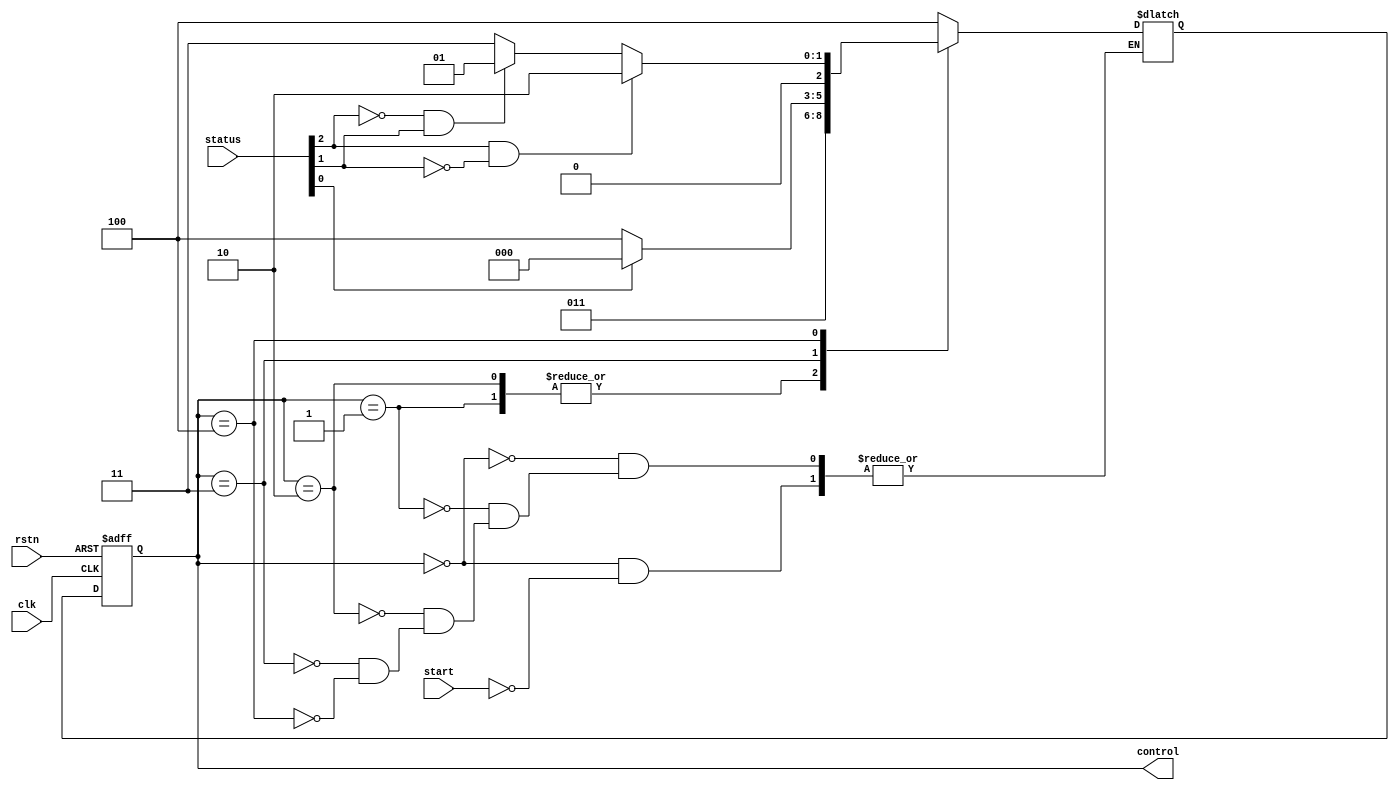
`define ST_INIT     3'b000
`define ST_ADD      3'b001
`define ST_SUB      3'b010
`define ST_SHIFT    3'b011
`define ST_CHOOSE   3'b100

module CU(clk,
          status,
          control,
          rstn,
          start);
    
    input [2:0] status;
    input clk, rstn, start;
    output [2:0] control;
    
    wire B0, BO, FIN;
    reg [2:0] state;
    reg [2:0] next_state;
    
    assign B0      = status[2];
    assign BO      = status[1];
    assign FIN     = status[0];
    assign control = state;
    
    always @(posedge clk or negedge rstn) begin
        if (!rstn)
            state <= `ST_INIT;
        else
            state <= next_state;
    end
    
    
    always @(state or B0 or BO or FIN or start) begin
        case (state)
            `ST_INIT:
            begin
                if (start) begin
                    next_state <= `ST_CHOOSE;
                end
            end
            `ST_ADD:
            begin
                next_state <= `ST_SHIFT;
            end
            `ST_SUB:
            begin
                next_state <= `ST_SHIFT;
            end
            `ST_SHIFT:
            begin
                if (FIN)
                    next_state <= `ST_INIT;
                else
                    next_state <= `ST_CHOOSE;
            end
            `ST_CHOOSE:
            begin
                if (B0 && !BO)
                    next_state <= `ST_SUB;
                else if (!B0 && BO)
                    next_state <= `ST_ADD;
                else
                    next_state <= `ST_SHIFT;
            end
        endcase
    end
    
endmodule